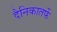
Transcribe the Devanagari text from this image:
दैनिकातर्फे